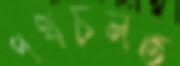
পথচলত